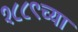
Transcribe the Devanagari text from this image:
१८८९च्या